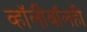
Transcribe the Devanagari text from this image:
व्हॉलीबॉलही